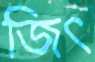
জিৎ